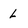
Character: L